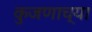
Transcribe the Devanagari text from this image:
कुजणाच्या